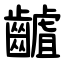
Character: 䶥